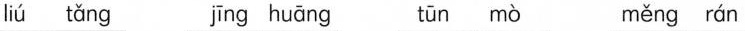
liú tǎng jīng huāng tūn mò měng rán